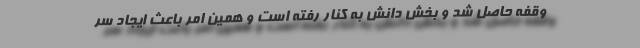
وقفه حاصل شد و بخش دانش به کنار رفته است و همین امر باعث ایجاد سر